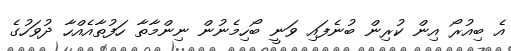
އެ ބިއުރޯ އިން ކުރިން ބުނެފައި ވަނީ ބޯހިމެނުން ނިންމާތާ ހަފުތާއެއްހާ ދުވަހުގެ